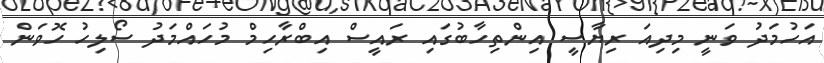
އަހުމަދު ވަނީ މިދިއަ ރިޔާސީ އިންތިހާބުގައި ރައީސް އިބްރާހިމް މުހައްމަދު ސޯލިހު ހޮވަން